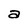
Character: a